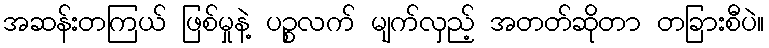
အဆန်းတကြယ် ဖြစ်မှုနဲ့ ပဉ္စလက် မျက်လှည့် အတတ်ဆိုတာ တခြားစီပဲ။